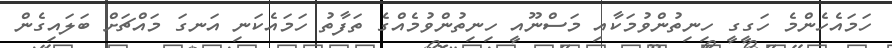
ހަމައެހެންމެ ހަގީގީ ހިނިތުންވުމަކާއި މަސްނޫއީ ހިނިތުންވުމެއްގެ ތަފާތު ހަމައެކަނި އަނގަ މައްޗަށް ބަލައިގެން